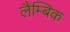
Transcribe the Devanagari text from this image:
लैम्बिक